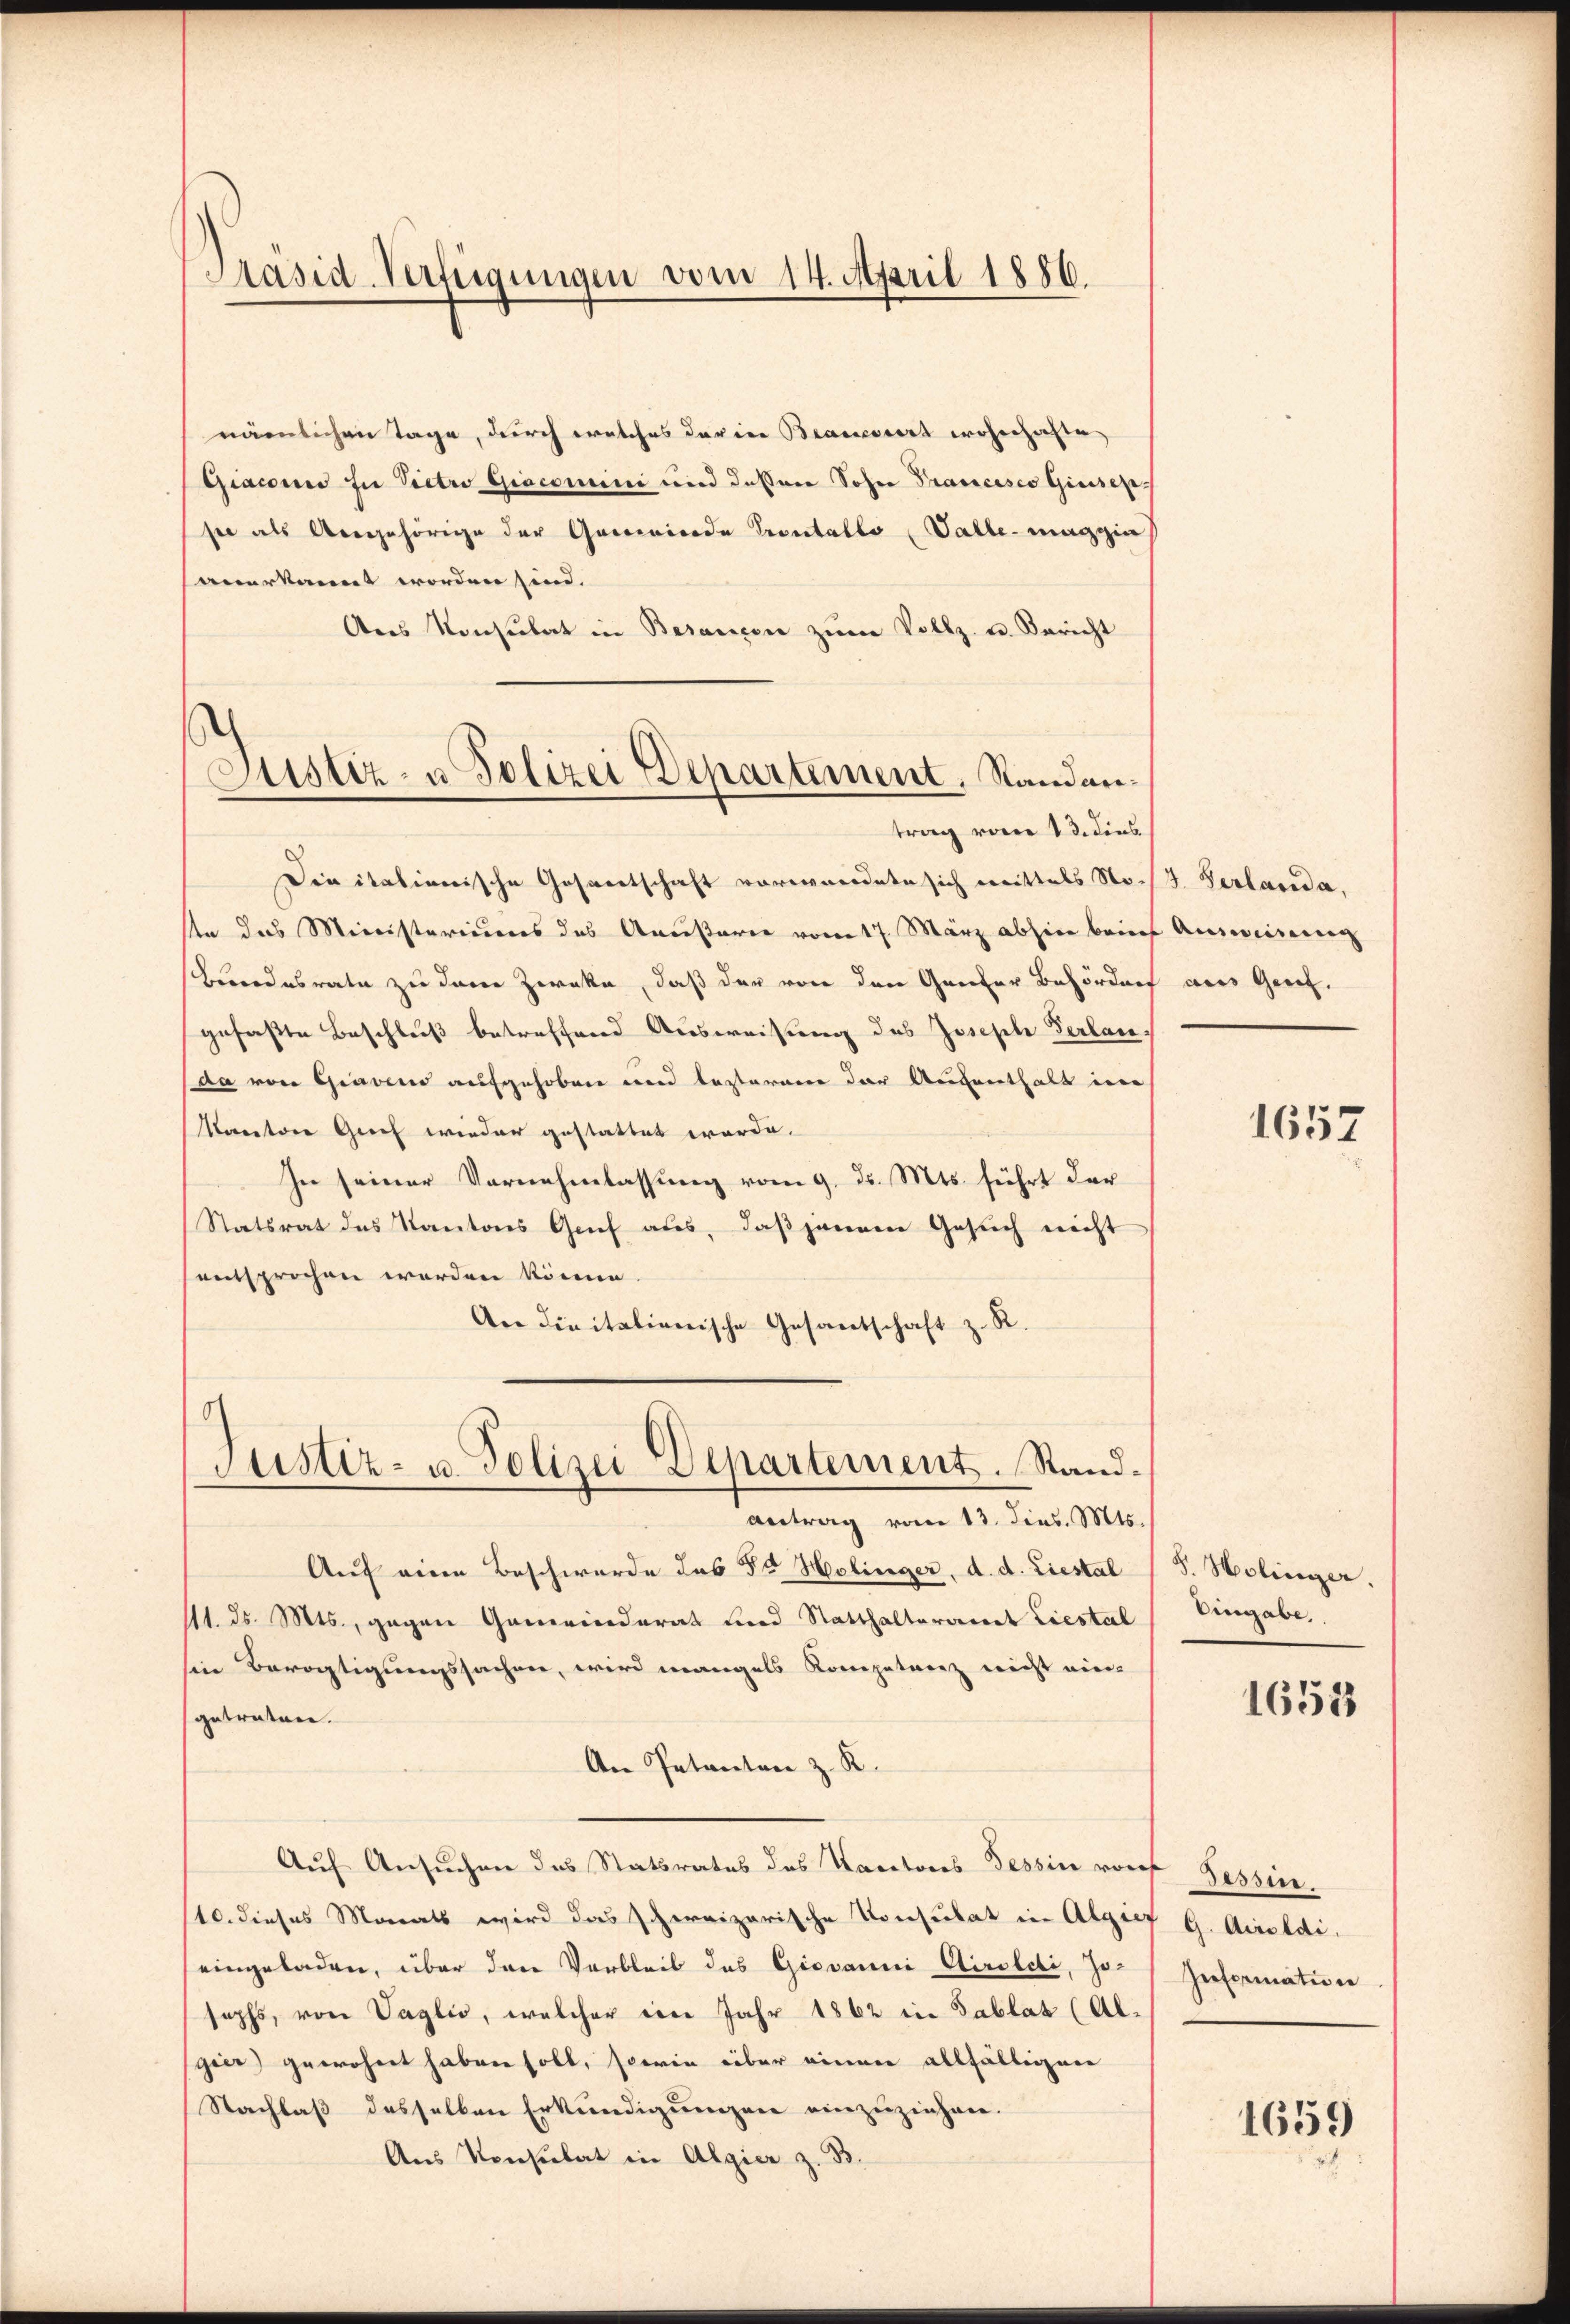
Präsid-Verfügungen vom 14. April 1886.

nämlichen Tage, durch welches der in Branciert wohnhafte
Giaconi in Pietro Giacomini und dessner Sohne Prancisco Giusep
see als Angehörige der Gemeinde Verutallo Salle maggin
anerkannt worden sind.
Ans Konsulat in Besanzen zŭm Vollz. u. Bericht
Justiz- u Polizei Departement, Randan¬

Justiz- u. Polizei Departement. Sand¬

trag vom 13. dies
Die itationische Gesandtschaft vorwordete sich mittels Noch J. Verlanda,
An das Ministeriums das Ameisterie vom 17. März abhin bei Ausweiserung
Berondesrate zu davon Zweka, daß der von den Ganter Behörders
gefaßte Beschluß betreffend Ausweisung des Joseph Verlanda von Graveno aufgehoben und bestaren der Aufenthalt in
Manatore Greif wieder gestattet werde.
In seiner Vornehmlassung vom 9. d. Mts. führt der
Statsrat des Kantons Genf aus, daß jenem Gesuch nicht
entsprochen worden könne.
An die italienische Gesantschaft z. R.
antrag vom 13. dies. Mts.
Auf einen Beschwerde des Sr Holinger, d. d. Liestal (S. Holinger.
111. ds. Mts., gegen Gemeinderat und Statthaltervenet Liestal
hin Bevogtigungssachen, wird mangels Kompetanz nicht ein-
getreten.
An Petenten z. R.
Auf Ansuchen das Statsrates des Nacatores Tessin von Tessin.
110. dieses Monats wird das schweizerische Konsulat in Algier G. Airoldi,
eingeladen, über den Vorbleib des Giovanni Airoldi, Jo-/ Information
sophs, von Vaglio, welcher eine Jahr 1862 in Tablat (Al-
gier) gewohnet haben soll, sowie über einer allfälligen
Nachlaß desselben Erkundigungen einzuziehen.
Aus Konsulat in Algier z. B.

an Genf.

1657

Eingabe,

1653

1659